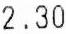
2.30